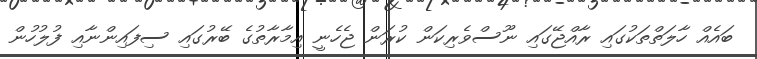
ބައެއް ހާލަތްތަކުގައި ރާއްޖޭގައި ނޫސްވެރިކަން ކުރަން ޖެހެނީ އިމާރާތުގެ ބޭރުގައި ސިފައިންނާއި ފުލުހުން